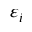
\varepsilon _ { i }